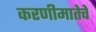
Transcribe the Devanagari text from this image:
करणीमातेचे